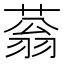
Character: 蓊